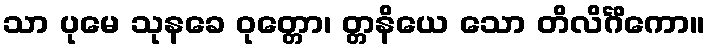
သာ ပုမေ သုနခေ ဝုတ္တော၊ တ္တနိယေ သော တိလိင်္ဂိကော။